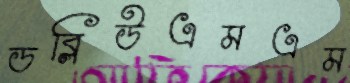
ডব্লিউএমএম